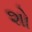
શો